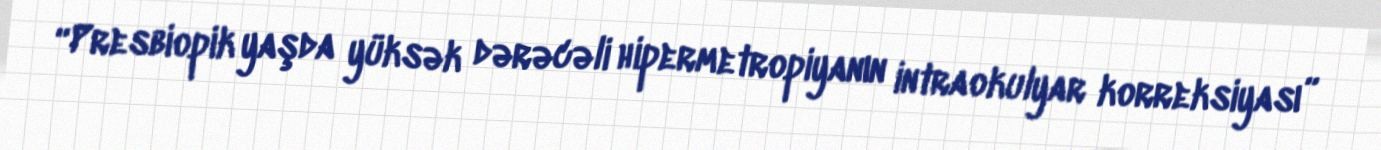
“Presbiopik yaşda yüksək dərəcəli hipermetropiyanın intraokulyar korreksiyası”